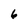
Character: 6